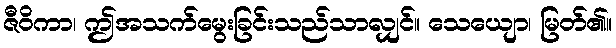
ဇီဝိကာ၊ ဤအသက်မွေးခြင်းသည်သာလျှင်။ သေယျော၊ မြတ်၏။